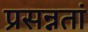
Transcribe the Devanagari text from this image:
प्रसन्नतां